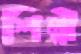
শিল্পী